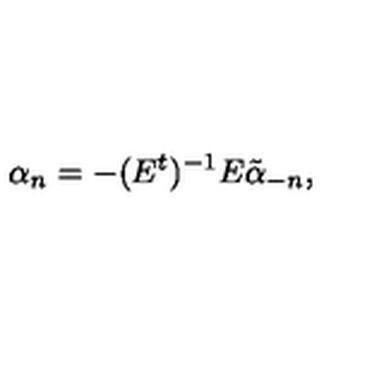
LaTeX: \alpha _ { n } = - ( E ^ { t } ) ^ { - 1 } E \tilde { \alpha } _ { - n } ,